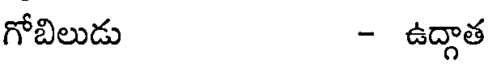
గోబిలుడు - ఉద్గాత